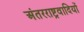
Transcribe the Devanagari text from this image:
अंतरराष्ट्रवादियों